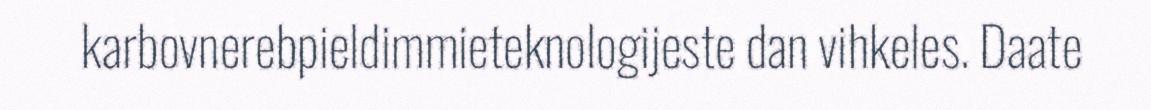
karbovnerebpieldimmieteknologijeste dan vihkeles. Daate